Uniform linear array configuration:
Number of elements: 32
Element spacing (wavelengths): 0.5
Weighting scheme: binomial
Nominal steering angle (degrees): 45
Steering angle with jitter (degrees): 43.423
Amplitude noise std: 0.05
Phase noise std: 0.05

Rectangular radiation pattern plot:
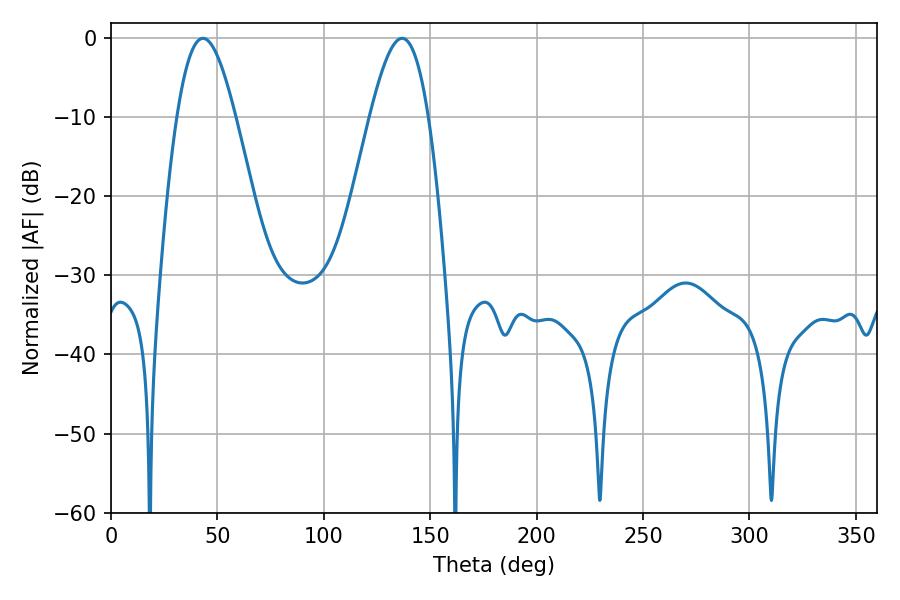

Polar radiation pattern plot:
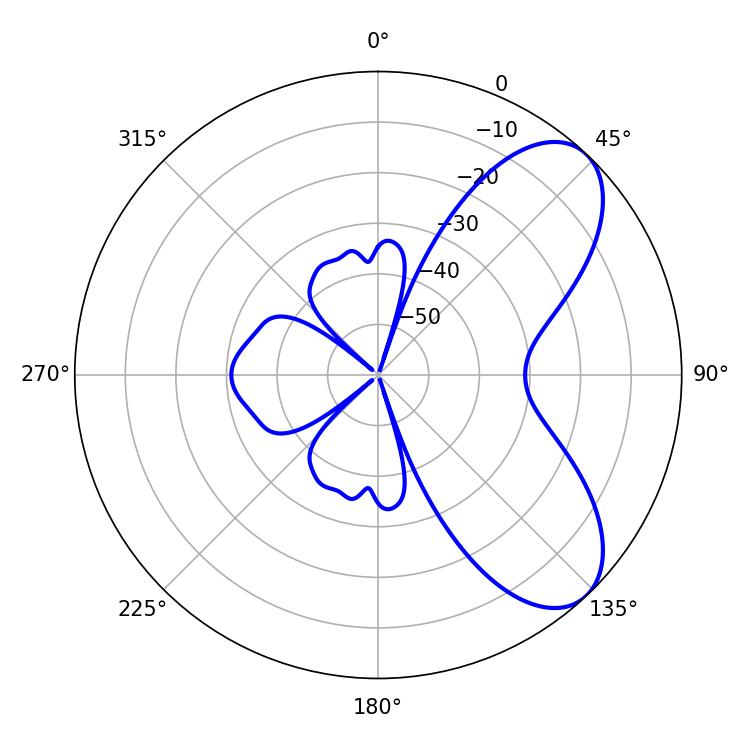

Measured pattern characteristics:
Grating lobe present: FALSE
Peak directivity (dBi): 7.091
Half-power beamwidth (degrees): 14.94
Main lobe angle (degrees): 43.2